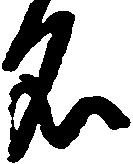
名